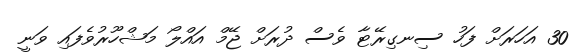
30 އަހަރަށް ފަހު ސިނގިރޭޓާ ވެސް ދުރަށް ޖޭމް އައްލޯ މަޝްހޫރުވެފައި ވަނީ